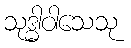
သုဒ္ဓါဝါသေသု